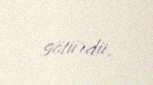
götürdü.